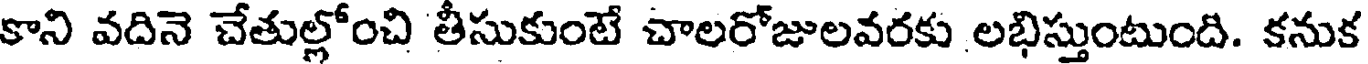
కాని వదినె చేతుల్లోంచి తీసుకుంటే చాలరోజులవరకు లభిస్తుంటుంది. కనుక